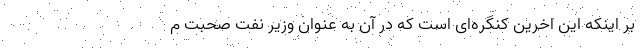
بر اینکه این اخرین کنگره‌ای است که در آن به عنوان وزیر نفت صحبت م